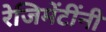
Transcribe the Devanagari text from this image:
रेजिमेंटींनी